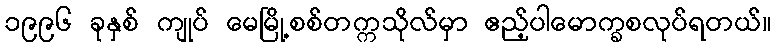
၁၉၉၆ ခုနှစ် ကျုပ် မေမြို့စစ်တက္ကသိုလ်မှာ ဧည့်ပါမောက္ခစလုပ်ရတယ်။